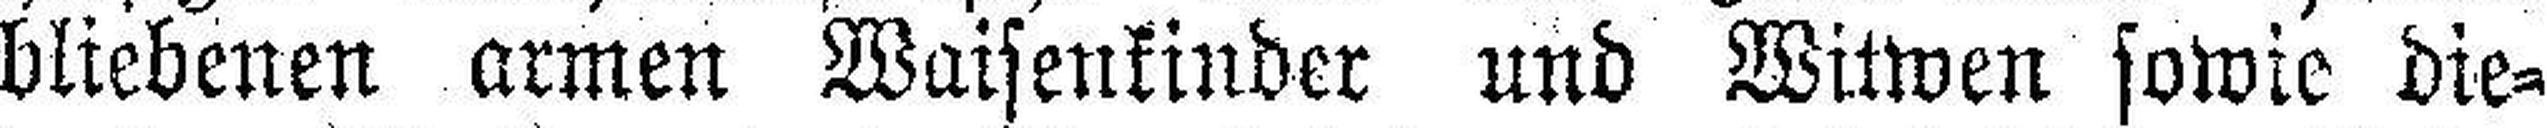
bliebenen armen Waisenkinder und Witwen sowie die¬